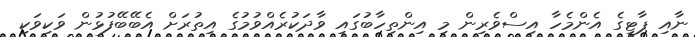
ނާއި ޕާޓީގެ އެންމެހާ އިސްވެރިން މި އިންތިހާބުގައި ވާދަކުރެއްވުމުގެ އިތުރަށް އެބޭބޭފުޅުން ވަކިވަކި